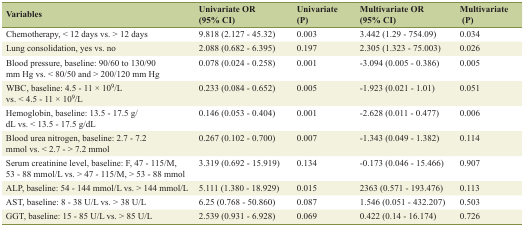
<table><thead><tr><td><b>Variables</b></td><td><b>Univariate OR (95% CI)</b></td><td><b>Univariate (P)</b></td><td><b>Multivariate OR (95% CI)</b></td><td><b>Multivariate (P)</b></td></tr></thead><tbody><tr><td>Chemotherapy, &lt; 12 days vs. &gt; 12 days</td><td>9.818 (2.127 - 45.32)</td><td>0.003</td><td>3.442 (1.29 - 754.09)</td><td>0.034</td></tr><tr><td>Lung consolidation, yes vs. no</td><td>2.088 (0.682 - 6.395)</td><td>0.197</td><td>2.305 (1.323 - 75.003)</td><td>0.026</td></tr><tr><td>Blood pressure, baseline: 90/60 to 130/90 mm Hg vs. &lt; 80/50 and &gt; 200/120 mm Hg</td><td>0.078 (0.024 - 0.258)</td><td>0.001</td><td>-3.094 (0.005 - 0.386)</td><td>0.005</td></tr><tr><td>WBC, baseline: 4.5 - 11 × 10<sup>9</sup>/L vs. &lt; 4.5 - 11 × 10<sup>9</sup>/L</td><td>0.233 (0.084 - 0.652)</td><td>0.005</td><td>-1.923 (0.021 - 1.01)</td><td>0.051</td></tr><tr><td>Hemoglobin, baseline: 13.5 - 17.5 g/dL vs. &lt; 13.5 - 17.5 g/dL</td><td>0.146 (0.053 - 0.404)</td><td>0.001</td><td>-2.628 (0.011 - 0.477)</td><td>0.006</td></tr><tr><td>Blood urea nitrogen, baseline: 2.7 - 7.2 mmol vs. &lt; 2.7 - &gt; 7.2 mmol</td><td>0.267 (0.102 - 0.700)</td><td>0.007</td><td>-1.343 (0.049 - 1.382)</td><td>0.114</td></tr><tr><td>Serum creatinine level, baseline: F, 47 - 115/M, 53 - 88 mmol/L vs. &gt; 47 - 115/M, &gt; 53 - 88 mmol</td><td>3.319 (0.692 - 15.919)</td><td>0.134</td><td>-0.173 (0.046 - 15.466)</td><td>0.907</td></tr><tr><td>ALP, baseline: 54 - 144 mmol/L vs. &gt; 144 mmol/L</td><td>5.111 (1.380 - 18.929)</td><td>0.015</td><td>2363 (0.571 - 193.476)</td><td>0.113</td></tr><tr><td>AST, baseline: 8 - 38 U/L vs. &gt; 38 U/L</td><td>6.25 (0.768 - 50.860)</td><td>0.087</td><td>1.546 (0.051 - 432.207)</td><td>0.503</td></tr><tr><td>GGT, baseline: 15 - 85 U/L vs. &gt; 85 U/L</td><td>2.539 (0.931 - 6.928)</td><td>0.069</td><td>0.422 (0.14 - 16.174)</td><td>0.726</td></tr></tbody></table>